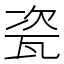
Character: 瓷